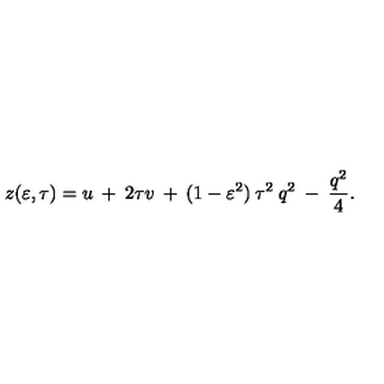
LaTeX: z ( \varepsilon , \tau ) = u \: + \: 2 \tau v \: + \: ( 1 - \varepsilon ^ { 2 } ) \: \tau ^ { 2 } \: q ^ { 2 } \: - \: \frac { q ^ { 2 } } { 4 } .